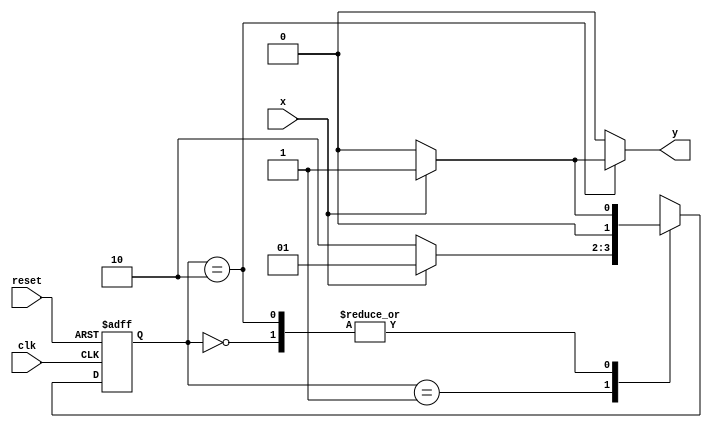
// ---------------------
//  Mealy - FSM capaz de reconhecer uma sequncia (101).
// Nome: Ndia de Souza Maciel Vieira Ferreira 
// ---------------------

//Implementar uma mquina de estados finitos (Mealy - FSM)capaz de reconhecer uma sequncia (101)com interseo (10101 ser considerada).
 



// --- Mealy FSM
// --- seq: 101

// constant definitions
`define found    1
`define notfound 0

// FSM by Mealy
module exercicio1_seq101_mealy ( y, x, clk, reset );

	output y;
	input  x;
	input  clk;
	input  reset;

	reg    y;

	parameter         // state identifiers 
		start  = 2'b00,
		id1    = 2'b01,
		id10   = 2'b10;

	reg [1:0] E1;	// current state variables
	reg [1:0] E2;	// next state logic output

	// next state logic
   always @( x or E1 )
		begin
		y = `notfound;
		
		case ( E1 )
			start:
				if ( x )
					E2 = id1;
				else
					E2 = start;
				
			id1:
				if ( x )
					E2 = id1;
				else
					E2 = id10;

			id10:
				if ( x )
				begin
					E2 =  id1;
					y  = `found;
				end
				else
				begin
					E2 =  start;
					y  = `notfound;
				end
	 
			default:   // undefined state
				E2 =  2'bxx;
		endcase
	  
		end // always at signal or state changing
		

	// state variables
		always @( posedge clk or negedge reset )
		begin
			if ( reset )
				E1 = E2;    // updates current state
			else
				E1 = 0;     // reset
		end // always at signal changing

endmodule // exercicio1_seq101_mealy


module Exercicio1;
	
	reg   clk, reset, x;
	wire  m1;

	exercicio1_seq101_mealy M1( m1, x, clk, reset );

	initial
	begin
		$display("Guia 11_01 -Ndia de sOUZA MACIEL vieira Ferreira");
		$display("\nTime\tX   Seq 101" );

	// initial values
       clk   = 1;
       reset = 0;
       x     = 0;

	// input signal changing
		#10   reset = 1;
		#10  x = 1;
		#10  x = 0;
		#10  x = 0;
		#10  x = 1;
		#10  x = 0;
		#10  x = 1;
		#10  x = 1;
		#10  x = 1;
		#10  x = 1;
		#10  x = 0;
		#10  x = 1;
		#10  x = 1;
		#10  x = 1;
		#10  x = 0;
		#10  x = 1;
		#10  x = 0;
		#10  x = 0;
		#10  x = 0;
		
		#5 $finish;
	
	end // initial

	always
		#5 clk = ~clk;

	always @( posedge clk )
	begin
		$display ( "%4d \t%b\t%b", $time, x, m1);
	end // always at positive edge clocking changing

endmodule // 

/* Resultado obtido

       
    Time		X   Seq 101
      10 	0		0
      20 	1		0
      30 	0		0
      40 	0		0
      50 	1		0
      60 	0		0
      70 	1		1
      80 	1		0
      90 	1		0
     100 	1		0
     110 	0		0
     120 	1		1
     130 	1		0
     140 	1		0
     150 	0		0
     160 	1		1
     170 	0		0
     180 	0		0
     190 	0		0
    
    */